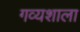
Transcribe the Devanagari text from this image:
गव्यशाला